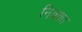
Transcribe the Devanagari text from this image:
निक्का